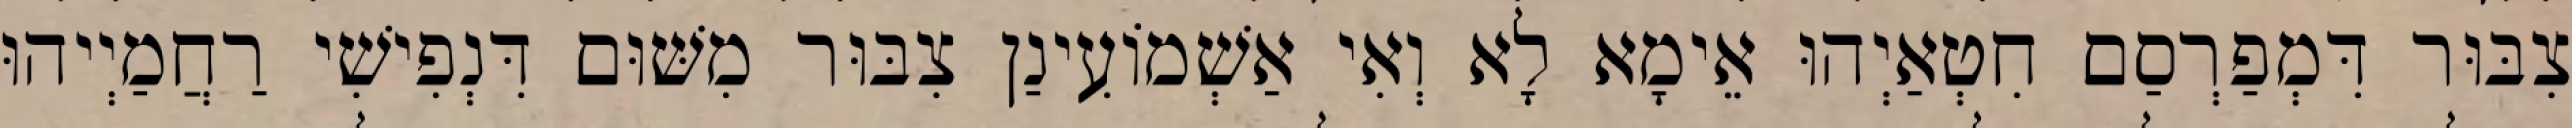
צִבּוּר דִּמְפַרְסַם חִטְאַיְהוּ אֵימָא לָא וְאִי אַשְׁמוֹעִינַן צִבּוּר מִשּׁוּם דִּנְפִישִׁי רַחֲמַיְיהוּ